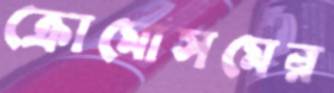
ক্রোমোসমের